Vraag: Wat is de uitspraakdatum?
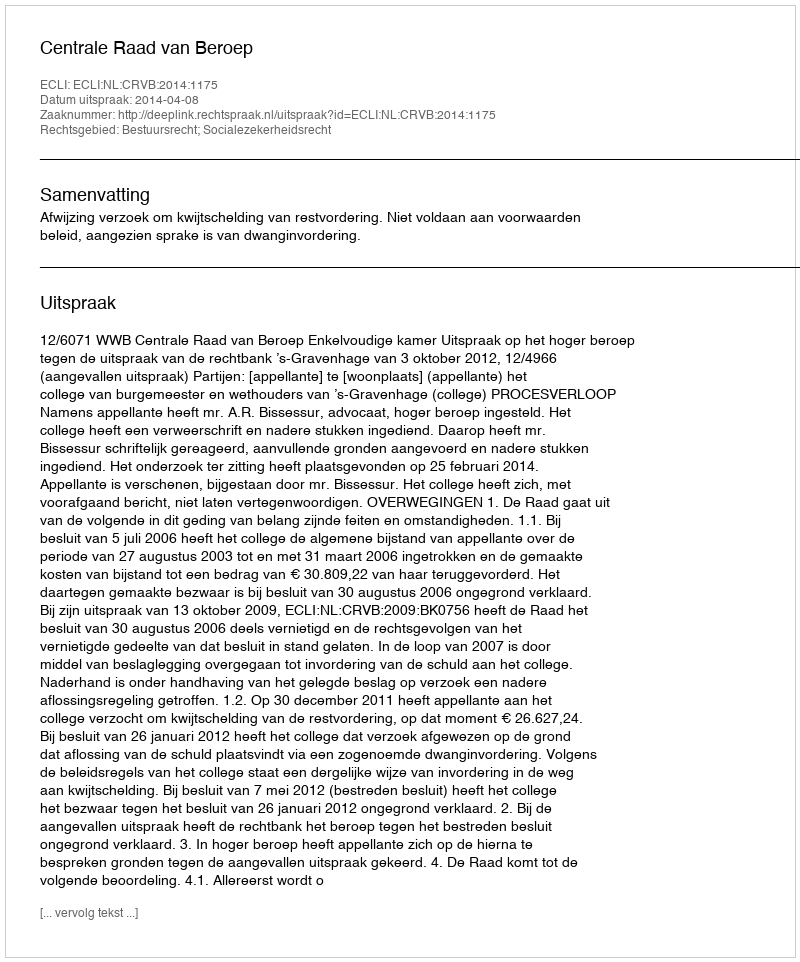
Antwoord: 2014-04-08